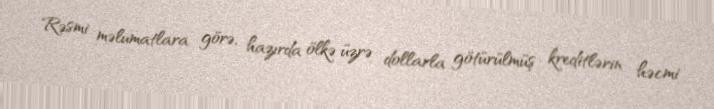
Rəsmi məlumatlara görə, hazırda ölkə üzrə dollarla götürülmüş kreditlərin həcmi